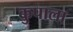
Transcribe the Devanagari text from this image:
कुपाला